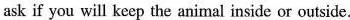
ask if you will keep the animal inside or outside.